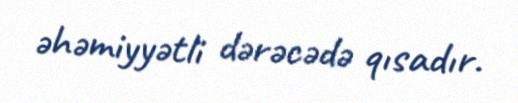
əhəmiyyətli dərəcədə qısadır.